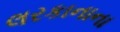
લરકાનાના